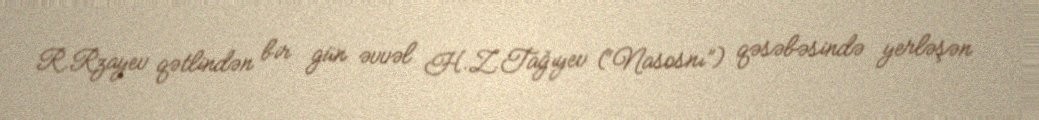
R.Rzayev qətlindən bir gün əvvəl H.Z.Tağıyev (“Nasosnı”) qəsəbəsində yerləşən